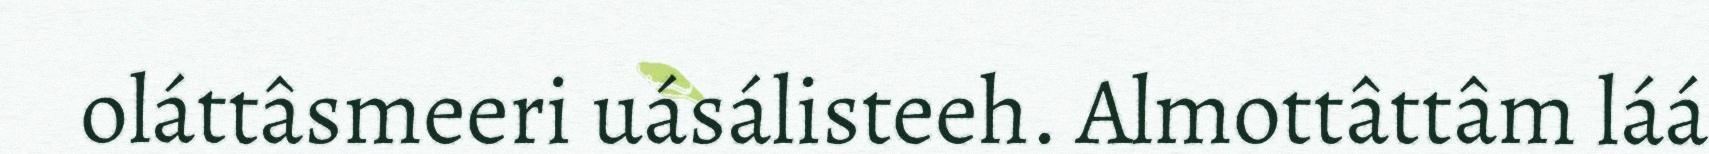
oláttâsmeeri uásálisteeh. Almottâttâm láá